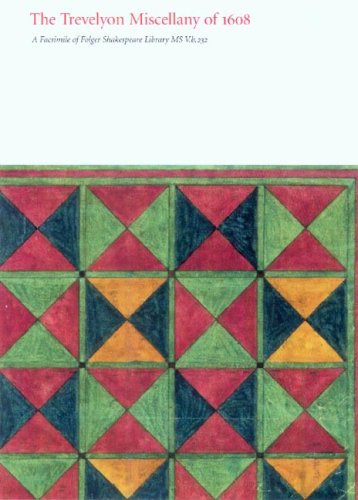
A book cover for The Trevelyon Miscellany of 1608: A Facsimile Edition of Folger Shakespeare Library MS V.b.232; Thomas Trevelyon; Crafts, Hobbies & Home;